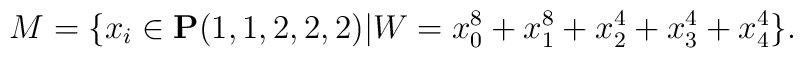
M = \{x_i \in {\bf P}(1,1,2,2,2)|W = x_0^8 + x_1^8 + x_2^4 + x_3^4 + x_4^4 \}.